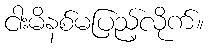
ငါးမိနစ်မပြည့်လိုက်။